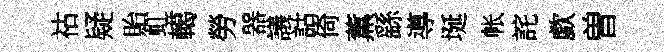
祜疑貽虹轕勞器議詁倚薫繇導埏帐詫歔曽